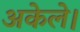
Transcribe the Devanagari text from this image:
अकेले।